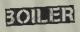
BOILER